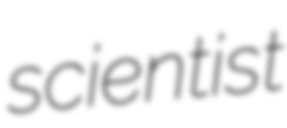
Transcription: scientist